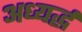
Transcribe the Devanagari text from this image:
अध्यर्द्ध